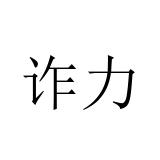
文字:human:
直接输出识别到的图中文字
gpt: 诈力